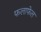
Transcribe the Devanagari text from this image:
फलाफेल